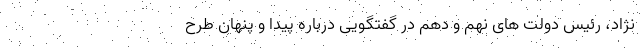
نژاد، رئیس دولت های نهم و دهم در گفتگویی درباره پیدا و پنهان طرح